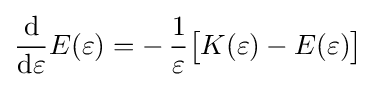
{\frac {\mathrm {d} }{\mathrm {d} \varepsilon }}E(\varepsilon )=-\,{\frac {1}{\varepsilon }}{\bigl [}K(\varepsilon )-E(\varepsilon ){\bigr ]}